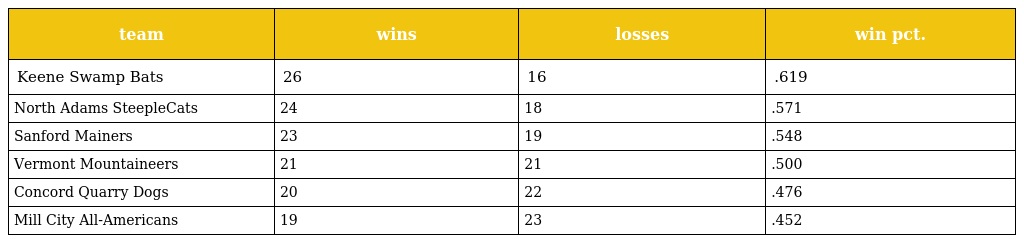
| team | wins | losses | win pct. |
 | --- | --- | --- | --- |
 | Keene Swamp Bats | 26 | 16 | .619 |
 | North Adams SteepleCats | 24 | 18 | .571 |
 | Sanford Mainers | 23 | 19 | .548 |
 | Vermont Mountaineers | 21 | 21 | .500 |
 | Concord Quarry Dogs | 20 | 22 | .476 |
 | Mill City All-Americans | 19 | 23 | .452 |